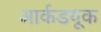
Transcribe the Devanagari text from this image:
आर्कडयूक